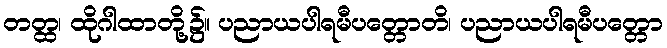
တတ္ထ၊ ထိုဂါထာတို့၌။ ပညာယပါရမီပတ္တောတိ၊ ပညာယပါရမီပတ္တော